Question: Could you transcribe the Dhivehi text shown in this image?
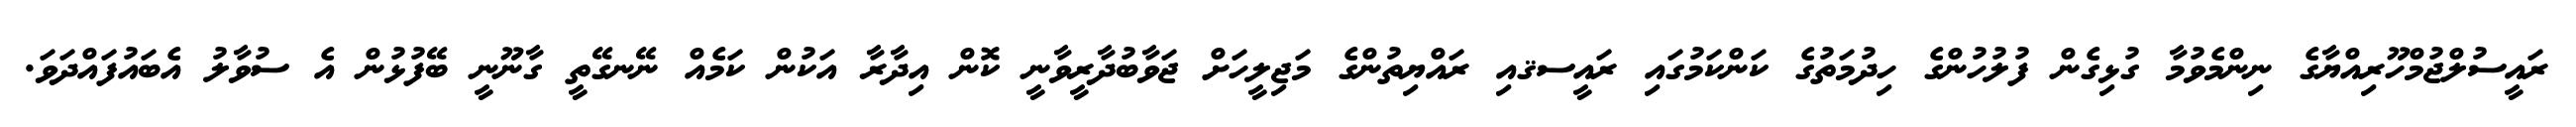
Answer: ރައީސުލްޖުމްހޫރިއްޔާގެ ނިންމެވުމާ ގުޅިގެން ފުލުހުންގެ ހިދުމަތުގެ ކަންކަމުގައި ރައީސޤއި ރައްޔިތުންގެ މަޖިލީހަށް ޖަވާބުދާރީވާނީ ކޮން އިދާރާ އަކުން ކަމެއް ނޭނގޭތީ ގާނޫނީ ބޭފުޅުން އެ ސުވާލު އެބައުފައްދަވަ.